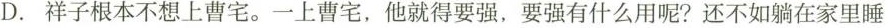
D.祥子根本不想上曹宅。一上曹宅，他就得要强，要强有什么用呢?还不如躺在家里睡